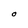
Character: O